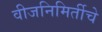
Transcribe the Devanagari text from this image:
वीजनिमिर्तीचे